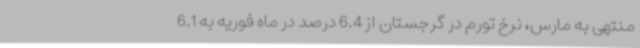
منتهی به مارس، نرخ تورم در گرجستان از 6.4 درصد در ماه فوریه به 6.1